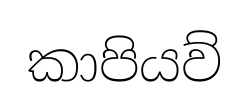
කාපියව්